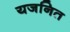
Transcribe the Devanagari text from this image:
यजनित